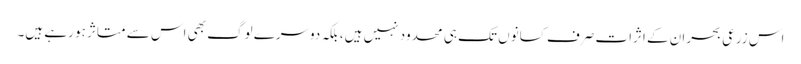
اس زرعی بحران کے اثرات صرف کسانوں تک ہی محدود نہیں ہیں، بلکہ دوسرے لوگ بھی اس سے متاثر ہو رہے ہیں۔